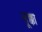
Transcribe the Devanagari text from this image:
लूक्का